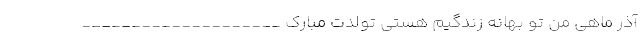
آذر ماهی من تو بهانه زندگیم هستی تولدت مبارک ____________________